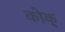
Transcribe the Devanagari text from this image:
कोक्